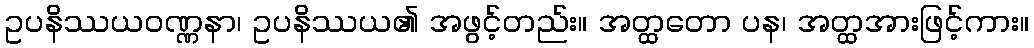
ဥပနိဿယဝဏ္ဏနာ၊ ဥပနိဿယ၏ အဖွင့်တည်း။ အတ္ထတော ပန၊ အတ္ထအားဖြင့်ကား။